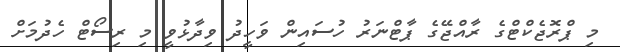
މި ޕްރޮޖެކްޓްގެ ރާއްޖޭގެ ޕާޓްނަރު ހުސައިން ވަހީދު ވިދާޅުވީ މި ރިސޯޓް ހެދުމަށް